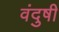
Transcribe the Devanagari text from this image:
वंदुषी